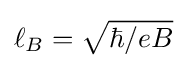
\ell _{B}={\sqrt {\hbar /eB}}